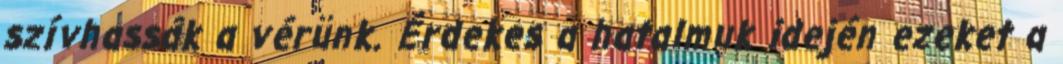
szívhassák a vérünk. Érdekes a hatalmuk idején ezeket a